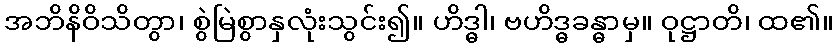
အဘိနိဝိသိတွာ၊ စွဲမြဲစွာနှလုံးသွင်း၍။ ဟိဒ္ဓါ၊ ဗဟိဒ္ဓခန္ဓာမှ။ ဝုဋ္ဌာတိ၊ ထ၏။